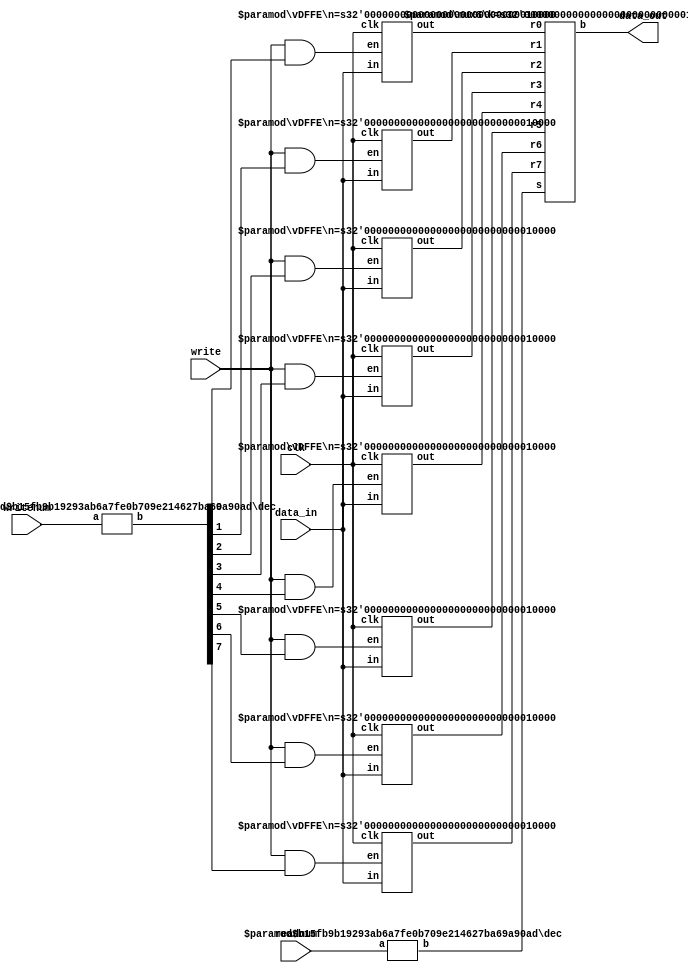
//Lab 5 Register Module 
/*If a register does not have a value assigned to it yet, it will
be void x, otherwise it will return a data_out that is equal to the 
number assigned to the register up to 2^16*/
module regfile(clk,write,writenum,readnum,data_in,data_out);
  input clk,write;
  input [2:0] writenum, readnum;
  input [15:0] data_in;
  output [15:0] data_out;

  wire [7:0] readout, writeout;
  wire [15:0] R7, R6, R5, R4, R3, R2, R1, R0;
  
  //Decode the readnum and writenum binary inputs to one hot codes 
  dec #(3,8) read_num(readnum, readout);
  dec #(3,8) write_num(writenum, writeout);
  
  /*There are 8 Registers with Load Enable, each will write on the rising edge of the clk
  iff write and write_num[i] of Ri is true*/
  vDFFE #(16) write_reg0(clk, (write & writeout[0]), data_in, R0);
  vDFFE #(16) write_reg1(clk, (write & writeout[1]), data_in, R1);
  vDFFE #(16) write_reg2(clk, (write & writeout[2]), data_in, R2);
  vDFFE #(16) write_reg3(clk, (write & writeout[3]), data_in, R3);
  vDFFE #(16) write_reg4(clk, (write & writeout[4]), data_in, R4);
  vDFFE #(16) write_reg5(clk, (write & writeout[5]), data_in, R5);
  vDFFE #(16) write_reg6(clk, (write & writeout[6]), data_in, R6);
  vDFFE #(16) write_reg7(clk, (write & writeout[7]), data_in, R7);

  //Read and return the value of the Register read according to read_num
  mux8 #(16) read_mux(R7, R6, R5, R4, R3, R2, R1, R0, readout, data_out);
endmodule

//Decoder binary to one-hot 
module dec(a,b);
  parameter n = 2;
  parameter m = 4;
  input [n-1:0] a;
  output [m-1:0] b;
  
  wire[m-1:0] b = 1<<a;
endmodule 

//Single Register with load enable and positive edge of clock 
module vDFFE(clk,en,in,out);
  parameter n = 3;
  input clk, en;
  input [n-1:0] in;
  output reg [n-1:0] out;
  wire [n-1:0] nextout;

  assign nextout = en ? in:out;
  always @(posedge clk)
    out = nextout;
  endmodule 

//8 Register Multiplexer Implementation 
module mux8(r7, r6, r5, r4, r3, r2, r1, r0, s, b);
  parameter k = 1;
  input [k-1:0] r7, r6, r5, r4, r3, r2, r1, r0;
  input [7:0] s;
  output [k-1:0] b;

  wire [k-1:0] b = ({k{s[0]}} & r0) |
		   ({k{s[1]}} & r1) |    
		   ({k{s[2]}} & r2) |
		   ({k{s[3]}} & r3) | 
		   ({k{s[4]}} & r4) |
		   ({k{s[5]}} & r5) |
		   ({k{s[6]}} & r6) |
		   ({k{s[7]}} & r7) ;
endmodule